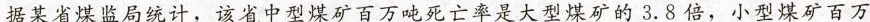
据某省煤监局统计，该省中型煤矿百万